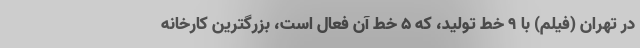
در تهران (فیلم) با ۹ خط تولید، که ۵ خط آن فعال است، بزرگترین کارخانه